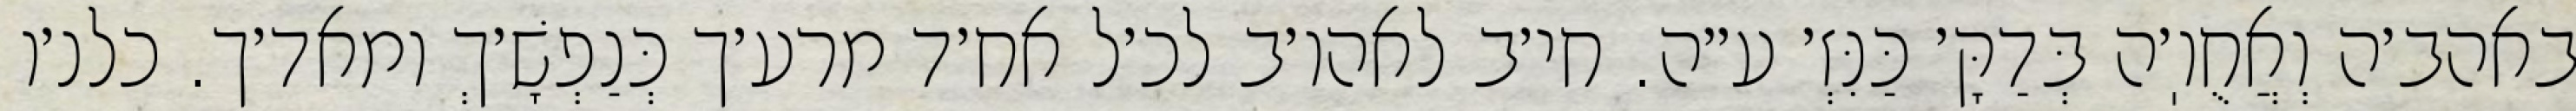
באהב׳ה וְאֲחֻוֽ׳ה בְּדַקָּ׳ כַּנִּזְ׳ ע״ה. חי׳ב לאהו׳ב לכ׳ל אח׳ד מרע׳ך כְּנַפְשָׁ׳ךְ ומאד׳ך. כלנ׳ו